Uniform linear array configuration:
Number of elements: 8
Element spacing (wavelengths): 0.25
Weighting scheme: kaiser
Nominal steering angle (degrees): -30
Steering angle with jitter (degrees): -29.145
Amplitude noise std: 0.05
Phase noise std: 0.05

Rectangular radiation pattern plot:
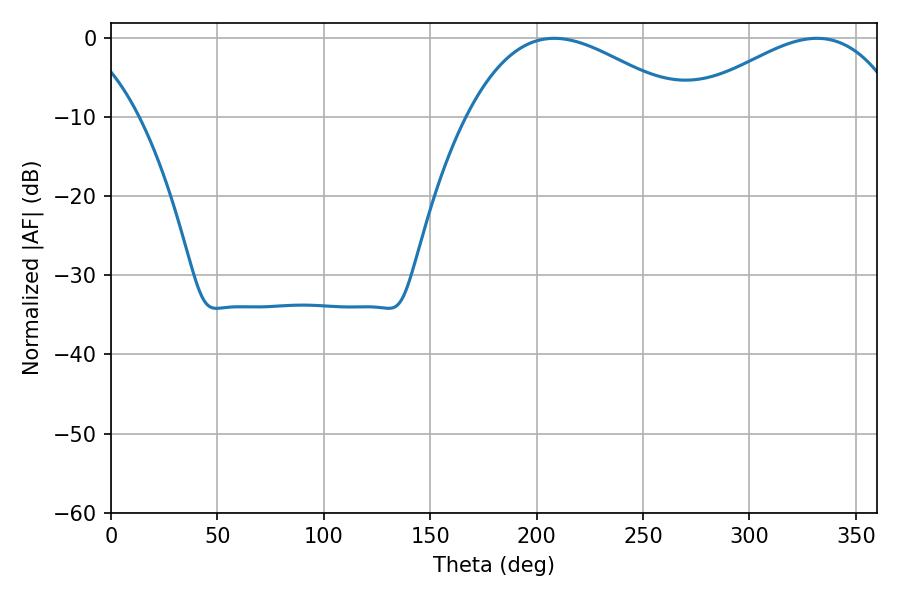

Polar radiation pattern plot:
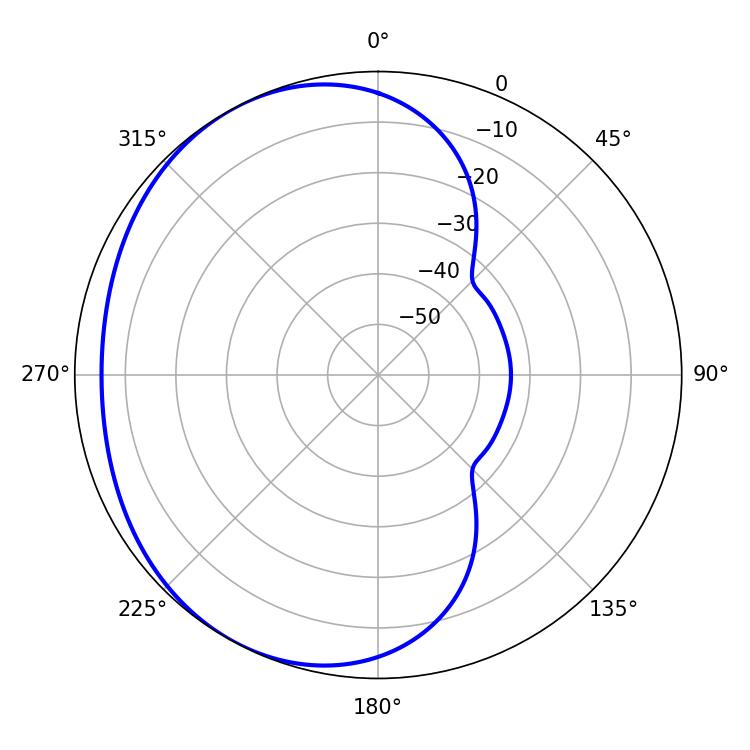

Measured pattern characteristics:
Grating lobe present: FALSE
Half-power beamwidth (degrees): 56.52
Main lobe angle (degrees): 208.26